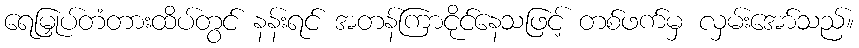
ရေမြှုပ်တံတားထိပ်တွင် နန်းရင် အတန်ကြာငိုင်နေသဖြင့် တစ်ဖက်မှ လှမ်းအော်သည်။